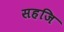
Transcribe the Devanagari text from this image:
सहजि